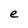
Character: e